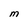
Character: M